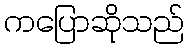
ကပြောဆိုသည်